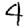
Digit: 4